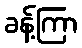
ခန့်ကြာ